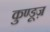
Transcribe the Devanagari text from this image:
कुण्डूज़